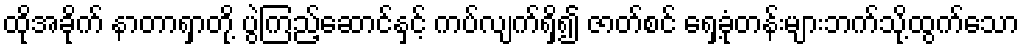
ထိုအခိုက် နာတာရှာတို့ ပွဲကြည့်ဆောင်နှင့် ကပ်လျက်ရှိ၍ ဇာတ်စင် ရှေ့ခုံတန်းများဘက်သို့ထွက်သော